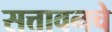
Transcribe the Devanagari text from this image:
सत्तावनचे